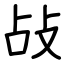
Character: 敁